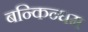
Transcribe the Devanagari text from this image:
बन्किन्घम